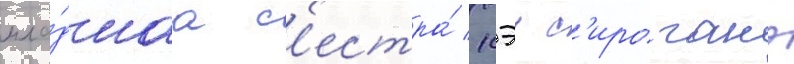
мла́дшаа с'естра́ кэи с'ироганэ